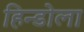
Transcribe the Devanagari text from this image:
हिन्डोला